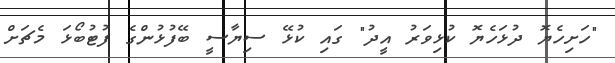
"ހަށިހެޔޮ ދުޅަހެޔޮ ކުޅިވަރު އީދު" ގައި ކުޅޭ ސިޔާސީ ބޭފުޅުންގެ ފުޓުބޯޅަ މެޗަށް